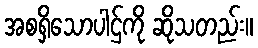
အစရှိသောပါဌ်ကို ဆိုသတည်း။